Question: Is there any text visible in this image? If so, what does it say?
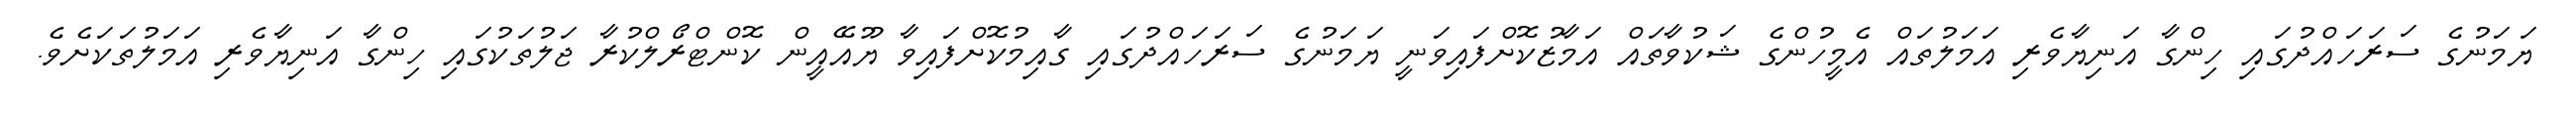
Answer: ޔަމަނުގެ ސަރަހައްދުގައި ހިންގާ އަނިޔާވެރި އަމަލުތައް އެމީހުންގެ ޝަކުވާތައް އަމާޒުކޮށްފައިވަނީ ޔަމަނުގެ ސަރަހައްދުގައި ގާއިމުކޮށްފައިވާ ޔޫއޭއީން ކޮންޓްރޯލްކުރާ ޖަލުތަކުގައި ހިންގާ އަނިޔާވެރި އަމަލުތަކަށެވެ.